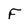
Character: F